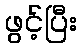
ဖွင့်ပြီး